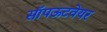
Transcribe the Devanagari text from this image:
सॉपऊटवेयर